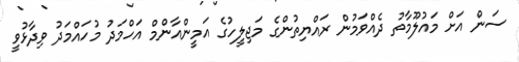
ސަން އަށް މައުލޫމާތު ދެއްވަމުން ރައްޔިތުންގެ މަޖިލީހުގެ އަމީންއާންމް އަހްމަދު މުހައްމަދު ވިދާޅުވީ